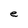
Character: e